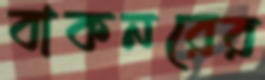
বাকনরের